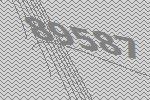
89587